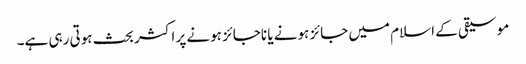
موسیقی کے اسلام میں جائز ہونے یا ناجائز ہونے پر اکثر بحث ہوتی رہی ہے۔